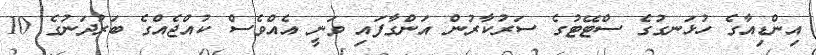
އިންޑިއާގެ ހުޅަނގުގެ ސްޓޭޓުގެ ސަރުކާރުން އަންގާފައި ވަނީ އެއްވެސް ކުއްޖެއްގެ ބަރުދަނުގެ 10